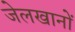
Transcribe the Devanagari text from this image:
जेलखानों